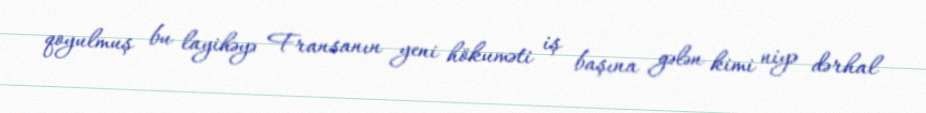
qoyulmuş bu layihəyə Fransanın yeni hökuməti iş başına gələn kimi niyə dərhal